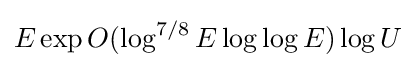
E\exp O(\log ^{7/8}E\log \log E)\log U